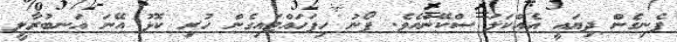
ފެނިގެން ދިޔައީ އެއްކަލަ ސްކޭންއެވެ. ފޯނު ހިފަހައްޓައިގެން ހުރި ކޮޅު އޭނަ އަނބުރާލީ